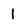
Character: l